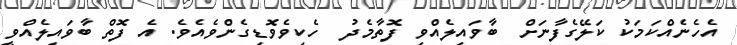
އެހެނެއްކަމަކު ކަލޭގެފާނަށް  ބާވައިލެއްވި ފޮތާމެދު  ހެކިވެވޮޑިގެންވެއެވެ. އެ ފޮތް ބާވައިލެއްވީ